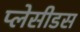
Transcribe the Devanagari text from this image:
प्लेसीडस